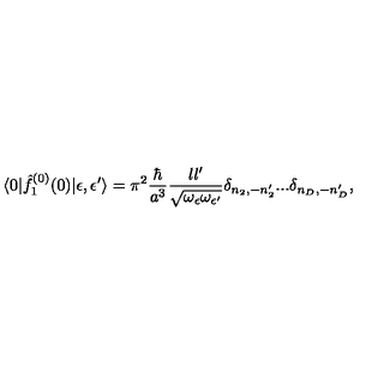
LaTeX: \langle 0 | { \hat { f } } _ { 1 } ^ { ( 0 ) } ( 0 ) | \epsilon , \epsilon ^ { \prime } \rangle = \pi ^ { 2 } { \frac { \hbar } { a ^ { 3 } } } { \frac { l l ^ { \prime } } { \sqrt { \omega _ { \epsilon } \omega _ { \epsilon ^ { \prime } } } } } \delta _ { n _ { 2 } , - n _ { 2 } ^ { \prime } } . . . \delta _ { n _ { D } , - n _ { D } ^ { \prime } } ,